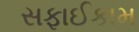
સફાઈકામ